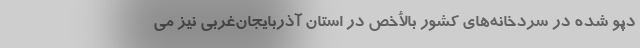
دپو شده در سردخانه‌های کشور بالأخص در استان آذربایجان‌غربی نیز می